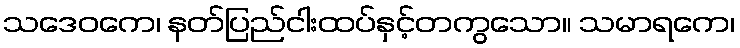
သဒေဝကေ၊ နတ်ပြည်ငါးထပ်နှင့်တကွသော။ သမာရကေ၊